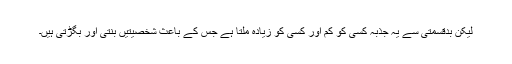
لیکن بدقسمتی سے یہ جذبہ کسی کو کم اور کسی کو زیادہ ملتا ہے جس کے باعث شخصیتیں بنتی اور بگڑتی ہیں۔